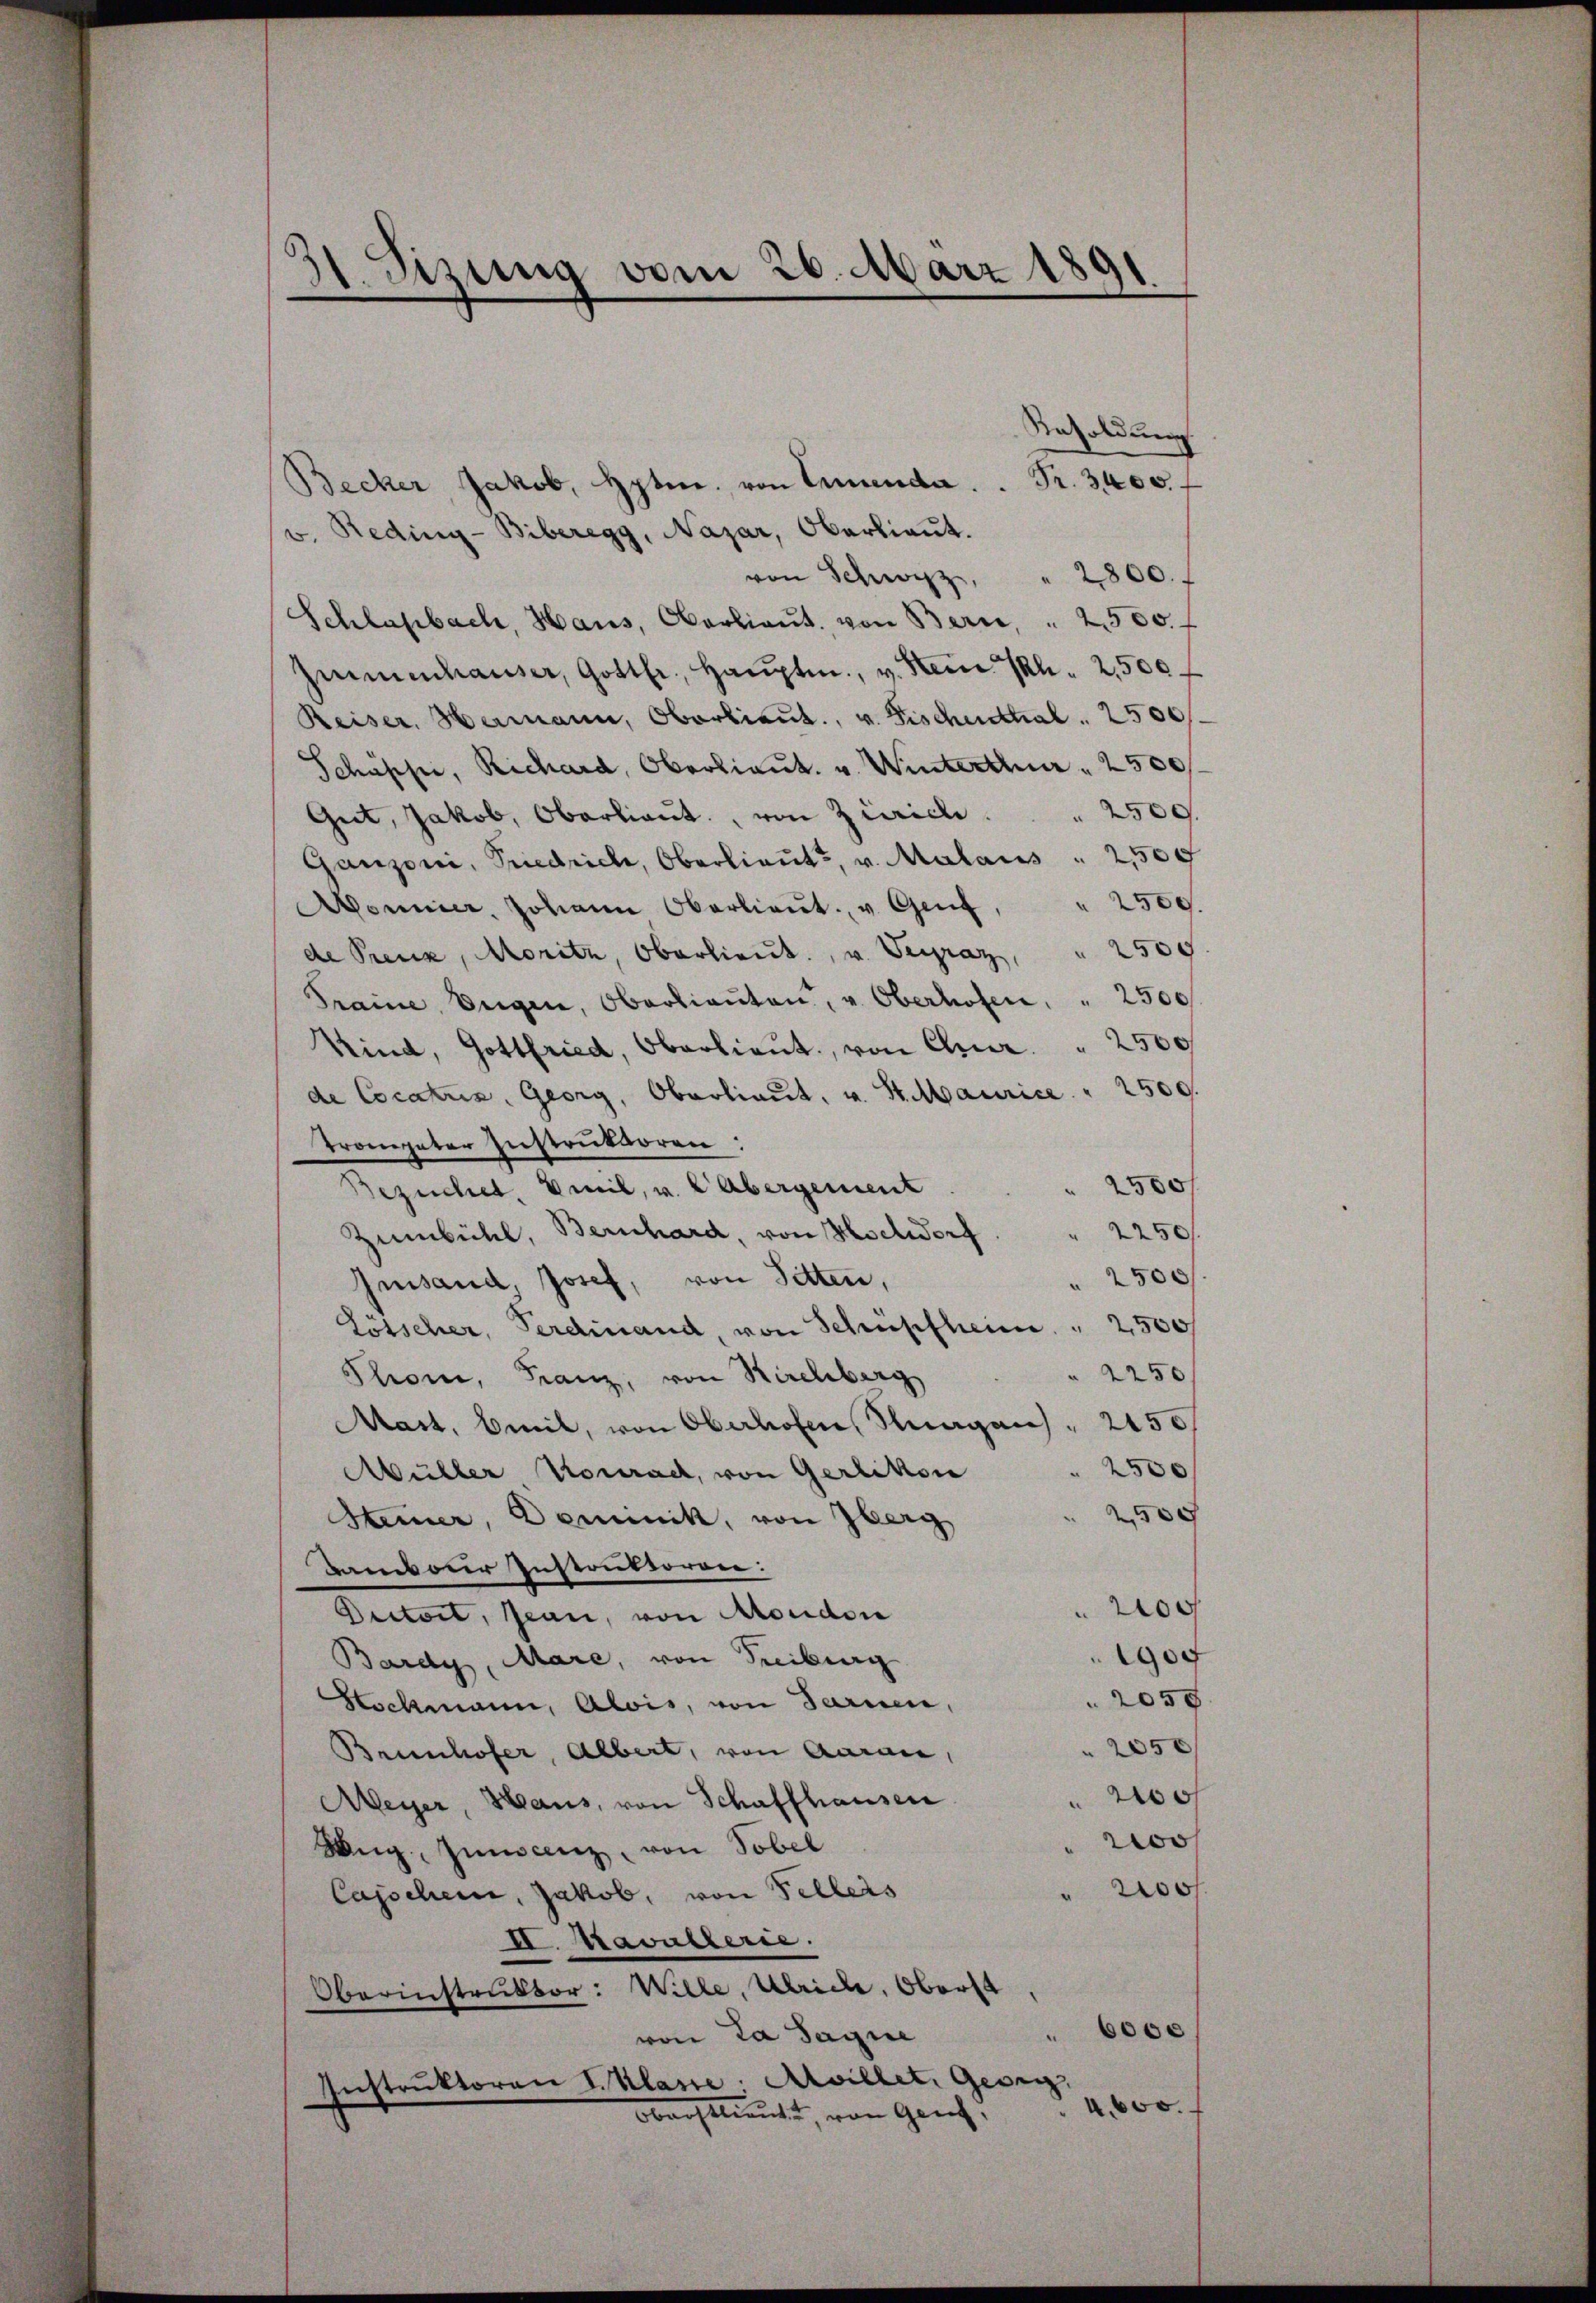
1. Sizung vom 26. März 1891
e

Resoldung
Becker Jakob, Hpten. von Emmenda ..  Fr. 3400.
v. Reding-Biberegg, Nazar, Oberlieŭt.
von Schwyz, " 2800.
Schlagbach, Haus, Oberlieŭt. von Bern, " 2500
Immenhauser, Gotter, Haŭptm. v. Sein Ph. 2500.
Reiser. Hermann, Oberlieut. v. Fischenthal . 2500
Schäppi, Richard, Oberlieut. v. Winterthur 2500
Gut, Jakob, Oberlieŭt. von Zürich . . 2500.
Ganzoni, Priedrich, Oberlieute, v. Malaus " 2,500
Aonier, Johann Oberlieŭt. u. Genf, " 2509.
de Prenz, Moritz, Oberlieŭt. v. Vergraz" 2500
Traine Eigen, Oberlieŭten, u. Oberhofen, " 2500
Kind, Gottfried, Oberlieŭt. von Chur " 2500
de Cocatus, Georg, Oberlieut. v. St. Maurice " 2500.
Trompeter Instruktoren:
 2500 f
Bezüchet, weil, v. 2. Abergement
Zŭmbühl, Bernhard, von Hochdorf    "  2250
 2500/
Gesand, Josef, von Sitten,
Lötscher, Ferdinand, von Schüpfheim. " 2500
 2250
Thon, Franz, von Kirchberg
Mast, beil, von Oberhofen, Magen " 2450
 2500
Müller, Konrad, von Gerlikon
250
Steiner, Dominik, von berg
Bambour Instausseron:
200
Dectort, Jean, von Moudon
1900
Bardy, Mare, von Freiburg
2059
Hockmann, Alois, von Sarnen,
2050
Brunhofer, Albert, von Aarau,
200f
Meyer, Haus, von Schaffhausen
o
Weg, Innscanz, von Tobel
200f
Capscheine, Jakob, von Fellers
II. Kavallerie.
Oberinstruktor: Wille, Ulricle, Oberst
600
von La Sagie
Instruktoren Klasse: Arvillet. Gesetz
4,600.
Oberstlieute, von Gerich,